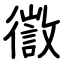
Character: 徾